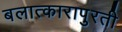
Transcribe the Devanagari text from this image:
बलात्कारापुरती